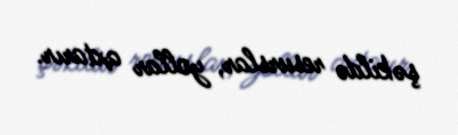
şəkildə resurslar, yollar axtarır.